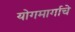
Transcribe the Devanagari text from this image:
योगमार्गाचे